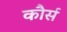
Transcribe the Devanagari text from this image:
कौर्स